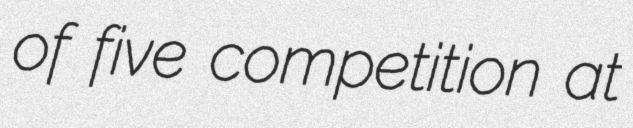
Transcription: of five competition at